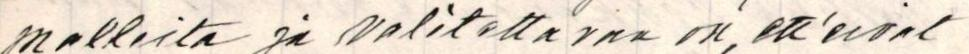
millista ja valitettavaa on, ett'eivat